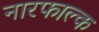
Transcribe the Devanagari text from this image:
नारफाल्क